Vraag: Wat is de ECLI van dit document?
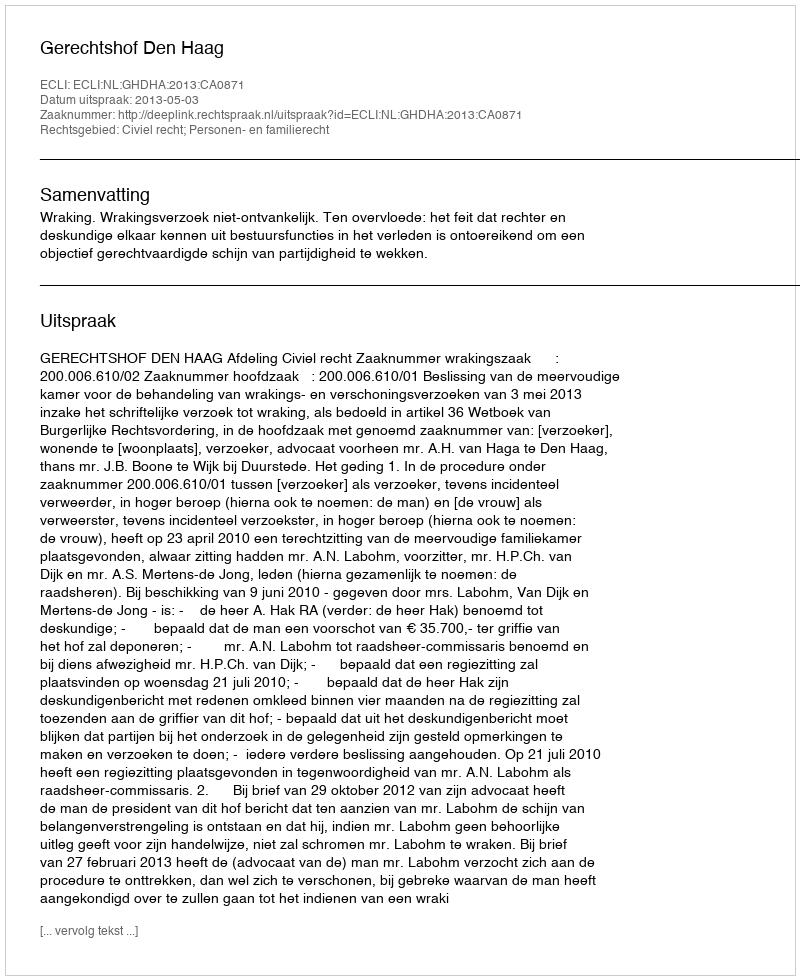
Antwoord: ECLI:NL:GHDHA:2013:CA0871